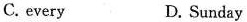
C. every D. Sunday